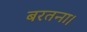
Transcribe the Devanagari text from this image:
बरतना।